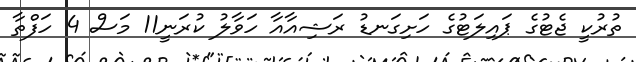
ތުރުކީ ޖެޓުގެ ޕައިލަޓުގެ ހަށިގަނޑު ރަޝިއާއާ ހަވާލު ކުރަނީ11 މަސް 4 ހަފްތާ